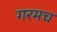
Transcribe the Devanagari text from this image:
गरमच